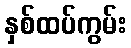
နှစ်ထပ်ကွမ်း